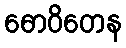
ဓောဝိတေန